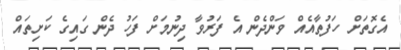
އެގޮތަށް ހަފުތާއެއް ވަންދެން އެ ފަރުވާ ދިނުމަށް ފަހު ދެން ގައިގެ ކަށިތައް